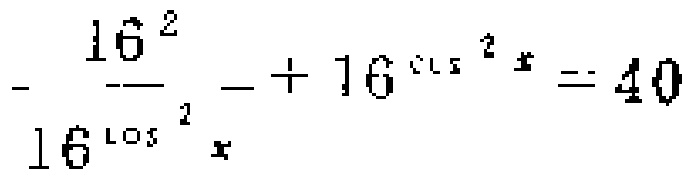
\(-\frac{16^{2}}{16^{\cos^{2}x}} + 16^{\cos^{2}x} = 40\)